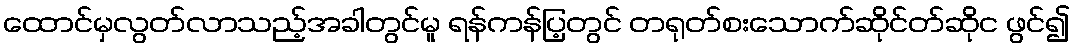
ထောင်မှလွတ်လာသည့်အခါတွင်မူ ရန်ကန်ပြ့တွင် တရုတ်စးသောက်ဆိုင်တ်ဆိုင ဖွင်၍